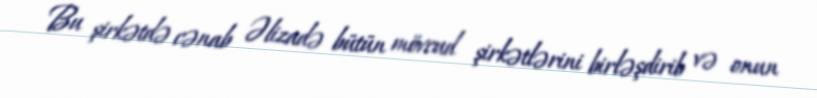
Bu şirkətdə cənab Əlizadə bütün mövcud şirkətlərini birləşdirib və onun